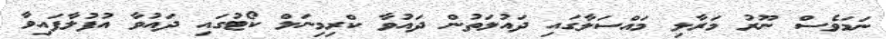
ނަމަވެސް ނޫރު މަރާލި މައްސަލާގައި ދައުލަތުން ދައުވާ ކްރިމިނަލް ކޯޓުގައި ދައުވާ އުފުލާފައިވާ